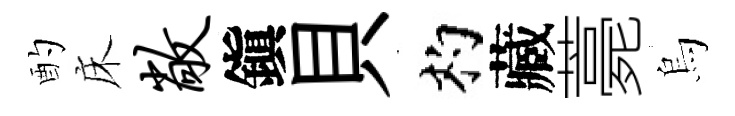
酌床敞鎭貝杓藏薧烏